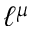
\ell ^ { \mu }